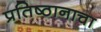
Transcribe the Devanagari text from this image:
प्रतिष्ठानाचा